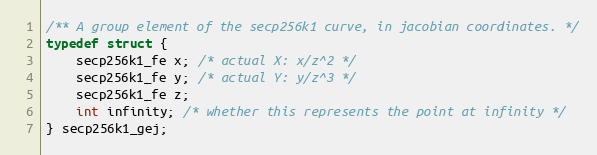
Language: C
/** A group element of the secp256k1 curve, in jacobian coordinates. */
typedef struct {
    secp256k1_fe x; /* actual X: x/z^2 */
    secp256k1_fe y; /* actual Y: y/z^3 */
    secp256k1_fe z;
    int infinity; /* whether this represents the point at infinity */
} secp256k1_gej;